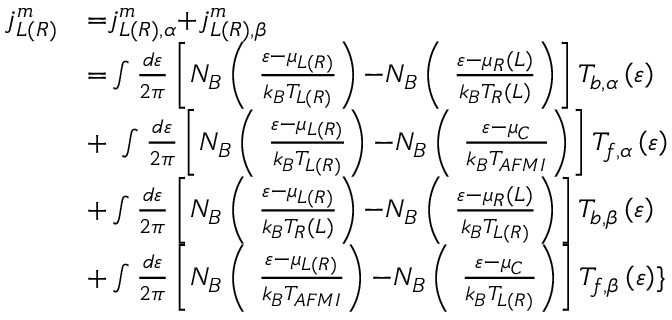
\begin{array} { l l } { { { j } } _ { { L ( R ) } } ^ { { m } } } & { { = } { { j } } _ { { L ( R ) , } \alpha } ^ { { m } } { + } { { j } } _ { { L ( R ) , } \beta } ^ { { m } } } \\ & { { = } \int { \frac { d \varepsilon } { { 2 } \pi } } \left[ N _ { B } \left( { \ } \frac { \varepsilon { - } { \mu } _ { L ( R ) } } { k _ { B } T _ { L ( R ) } } \right) { - } N _ { B } \left( { \ } \frac { \varepsilon { - } { \mu } _ { R } ( L ) } { k _ { B } T _ { R } ( L ) } \right) \right] T _ { b , \alpha } \left( \varepsilon \right) } \\ & { { + \ } \int { \frac { d \varepsilon } { { 2 } \pi } } \left[ N _ { B } \left( { \ } \frac { \varepsilon { - } { \mu } _ { L ( R ) } } { k _ { B } T _ { L ( R ) } } \right) { - } N _ { B } \left( { \ } \frac { \varepsilon { - } { \mu } _ { C } } { k _ { B } T _ { A F M I } } \right) \right] T _ { f , \alpha } \left( \varepsilon \right) } \\ & { { + } \int { \frac { d \varepsilon } { { 2 } \pi } } \left[ N _ { B } \left( { \ } \frac { \varepsilon { - } { \mu } _ { L ( R ) } } { k _ { B } T _ { R } ( L ) } \right) { - } N _ { B } \left( { \ } \frac { \varepsilon { - } { \mu } _ { R } ( L ) } { k _ { B } T _ { L ( R ) } } \right) \right] T _ { b , \beta } \left( \varepsilon \right) } \\ & { { + } \int { \frac { d \varepsilon } { { 2 } \pi } } \left[ N _ { B } \left( { \ } \frac { \varepsilon { - } { \mu } _ { L ( R ) } } { k _ { B } T _ { A F M I } } \right) { - } N _ { B } \left( { \ } \frac { \varepsilon { - } { \mu } _ { C } } { k _ { B } T _ { L ( R ) } } \right) \right] T _ { f , \beta } \left( \varepsilon \right) \} } \end{array}